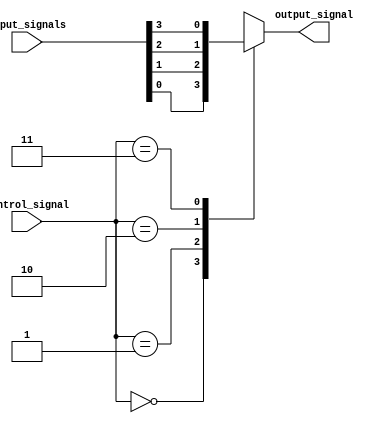
module four_to_one_multiplexer(
    input [3:0] input_signals,
    input [1:0] control_signal,
    output reg output_signal
);

always @(*)
begin
    case(control_signal)
        2'b00: output_signal = input_signals[0];
        2'b01: output_signal = input_signals[1];
        2'b10: output_signal = input_signals[2];
        2'b11: output_signal = input_signals[3];
    endcase
end

endmodule